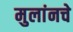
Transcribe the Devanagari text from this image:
मुलांनचे